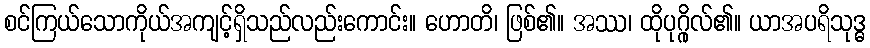
စင်ကြယ်သောကိုယ်အကျင့်ရှိသည်လည်းကောင်း။ ဟောတိ၊ ဖြစ်၏။ အဿ၊ ထိုပုဂ္ဂိုလ်၏။ ယာအပရိသုဒ္ဓ